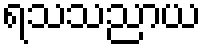
ရသသညာယ